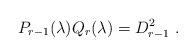
LaTeX: \begin{align*} P_{r-1} (\lambda) Q_{r} (\lambda) = D_{r-1}^{2} \ .\end{align*}